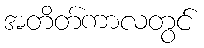
အတိတ်ကာလတွင်